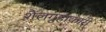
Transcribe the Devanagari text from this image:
शैलगुहाकारी